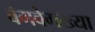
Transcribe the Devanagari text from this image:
वेगवेगख्या